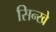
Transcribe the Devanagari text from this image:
सिन्खे